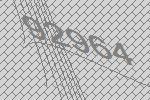
92964